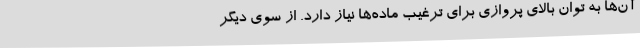
آن‌ها به توان بالای پروازی برای ترغیب ماده‌ها نیاز دارد. از سوی دیگر